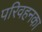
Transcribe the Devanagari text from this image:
परिवहनका